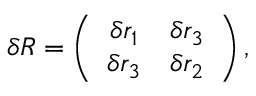
\delta R = \left( \begin{array} { c r c } { { \delta r _ { 1 } } } & { { \delta r _ { 3 } } } \\ { { \delta r _ { 3 } } } & { { \delta r _ { 2 } } } \end{array} \right) ,